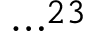
\cdots ^ { 2 3 }